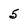
Character: 5